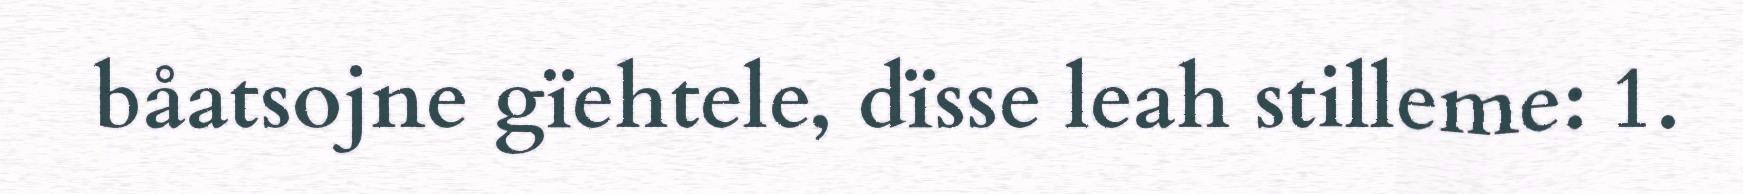
båatsojne gïehtele, dïsse leah stilleme: 1.